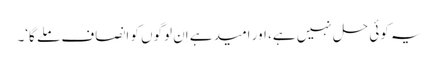
یہ کوئی حل نہیں ہے، اور امید ہے اِن لوگوں کو انصاف ملے گا‘۔